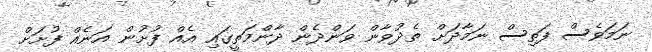
ނަމަވެސް ފަތިސް ނަމާދަށް ތެދުވާން ވަންދެން ދާންމަތީގައި އެއް ފުށުން އަނެއް ފުށަށް